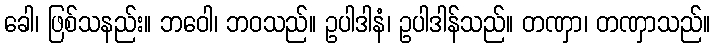
ခေါ၊ ဖြစ်သနည်း။ ဘဝေါ၊ ဘဝသည်။ ဥပါဒါနံ၊ ဥပါဒါန်သည်။ တဏှာ၊ တဏှာသည်။